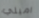
اميلي